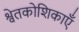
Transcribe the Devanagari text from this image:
श्वेतकोशिकाएँ